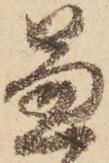
兼